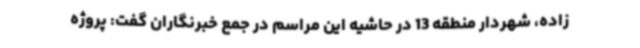
زاده، شهردار منطقه 13 در حاشیه این مراسم در جمع خبرنگاران گفت: پروژه